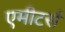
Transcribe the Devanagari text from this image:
एमीटर्स